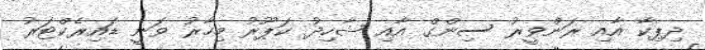
ދިޕިކާ އާއި ރަންވީރު ސިންގް އާއި ޝާހިދު ކަޕޫރު މިހާރު ވަނީ ޑައިރެކްޓަރު